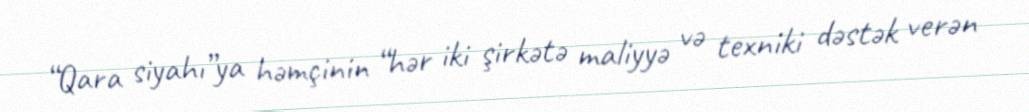
“Qara siyahı”ya həmçinin “hər iki şirkətə maliyyə və texniki dəstək verən